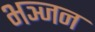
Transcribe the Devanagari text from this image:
भञ्जन